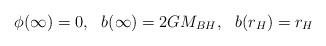
LaTeX: \begin{align*}\phi(\infty) = 0, \,\,\,\, b(\infty) = 2GM_{BH}, \,\,\,\, b(r_{H}) = r_{H}\end{align*}